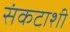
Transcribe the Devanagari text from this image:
संकटाशी